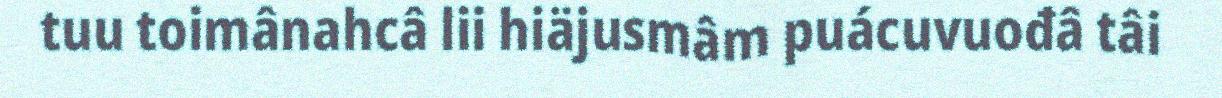
tuu toimânahcâ lii hiäjusmâm puácuvuođâ tâi